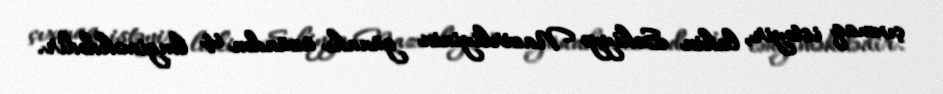
çıxmaq istəyir, lakin Səhiyyə Nazirliyinin günahı üzündən iş ləngiməkdədir.